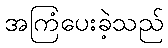
အကြံပေးခဲ့သည်